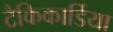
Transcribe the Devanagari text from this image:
टैकिकार्डिया